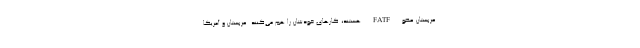
عربستان عضو FATF هستند، کارهای خودشان را هم می‌کنند. عربستان و آمریکا